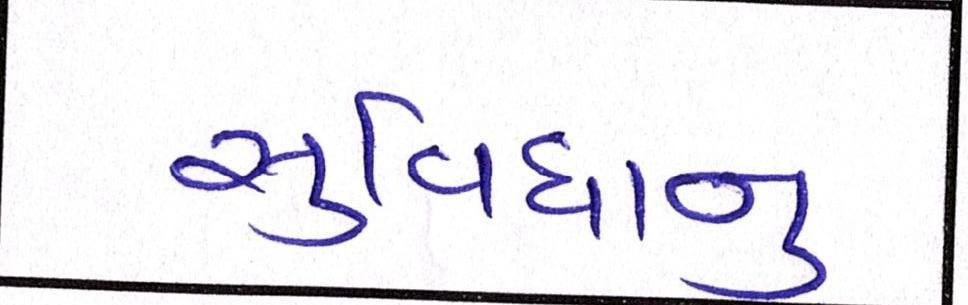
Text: સુવિધાનુ